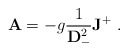
\begin{align*}{\bf A} = -g{1\over {\bf D}_-^2}{\bf J }^+ \ .\end{align*}